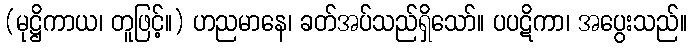
(မုဋ္ဌိကာယ၊ တူဖြင့်။) ဟညမာနေ၊ ခတ်အပ်သည်ရှိသော်။ ပပဋိကာ၊ အပွေးသည်။